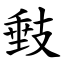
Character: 㩾